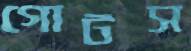
গোটস